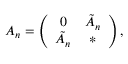
A _ { n } = \left( \begin{array} { c c } { { 0 } } & { { \tilde { A } _ { n } } } \\ { { \tilde { A } _ { n } } } & { { * } } \end{array} \right) ,